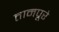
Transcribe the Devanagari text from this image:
तानपूरे